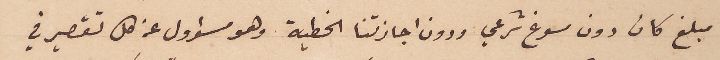
مبلغ كان دون مسوغ شرعي ودون اجازتنا الخطية وهو مسؤول عن كل تقصير في